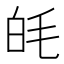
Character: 㿞